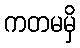
ကတမမှိ